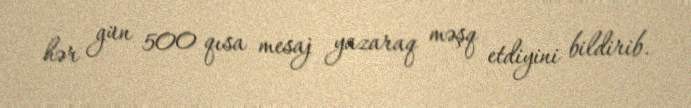
hər gün 500 qısa mesaj yazaraq məşq etdiyini bildirib.